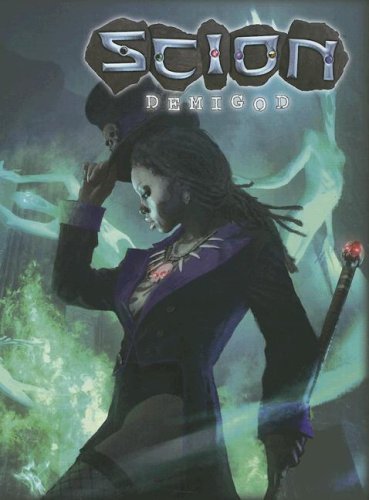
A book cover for Scion: Demigod (Scion); John Chambers; Science Fiction & Fantasy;